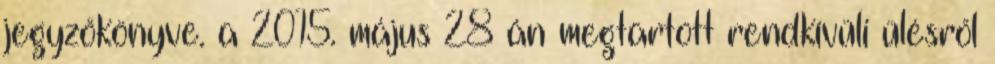
jegyzőkönyve. a 2015. május 28 án megtartott rendkívüli ülésről